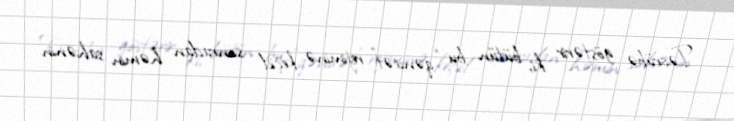
Təcrübə göstərir ki, bütün bu “qənaət” rejiminə keçid sonradan həmin sahənin